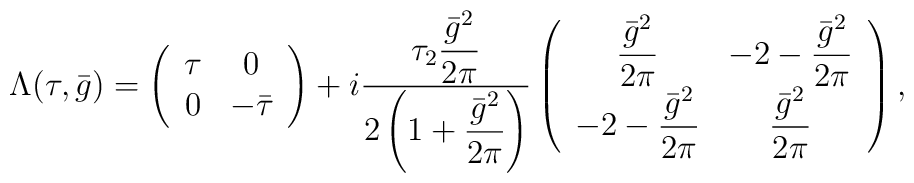
\Lambda(\tau,\bar{g})=\left (\begin{array}{cc}\tau &  0\\0 & -\bar{\tau}\end{array} \right )+i {\tau_2 \displaystyle{\bar{g}^2\over 2\pi}\over 2\left(1+\displaystyle{\bar{g}^2\over 2\pi}\right)}\left (\begin{array}{cc}\displaystyle{\bar{g}^2\over 2\pi} &  -2-\displaystyle{\bar{g}^2\over 2\pi}\\-2-\displaystyle{\bar{g}^2\over 2\pi} &\displaystyle{\bar{g}^2\over 2\pi}\end{array} \right ),